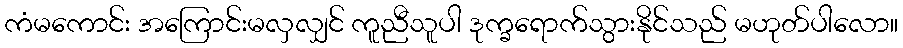
ကံမကောင်း အကြောင်းမလှလျှင် ကူညီသူပါ ဒုက္ခရောက်သွားနိုင်သည် မဟုတ်ပါလော။